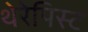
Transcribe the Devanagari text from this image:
थेरेपिस्ट